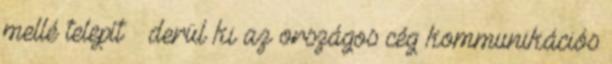
mellé telepít – derül ki az országos cég kommunikációs